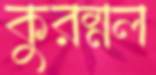
কুরম্নল